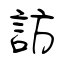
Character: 訪